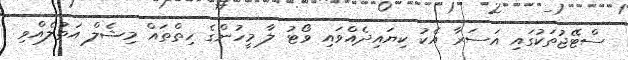
ސްޓޭޖުތަކުގައި އަސަރާ އެކު ކިޔައިދެއްވައި ވޯޓު ލާ މީހުންގެ ހިތްތައް މިޝެލް އަތުލެއްވި